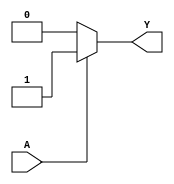
module kmap_single_variable (
    input wire A,     // Input variable
    output wire Y     // Output variable
);

// Parameters defining the output values for the K-map
parameter f0 = 0; // Output when A = 0
parameter f1 = 1; // Output when A = 1

// Combinational logic to determine output Y based on input A
assign Y = (A == 1'b0) ? f0 : f1;

endmodule